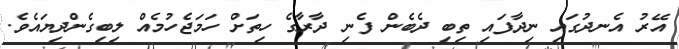
އޭރު އެނދުގައި ނިދާފައި ތިބި ދެބެން ފެނި ދާރާގެ ހިތަށް ހަމަޖެހުމެއް ލިބިގެންދިޔައެވެ.